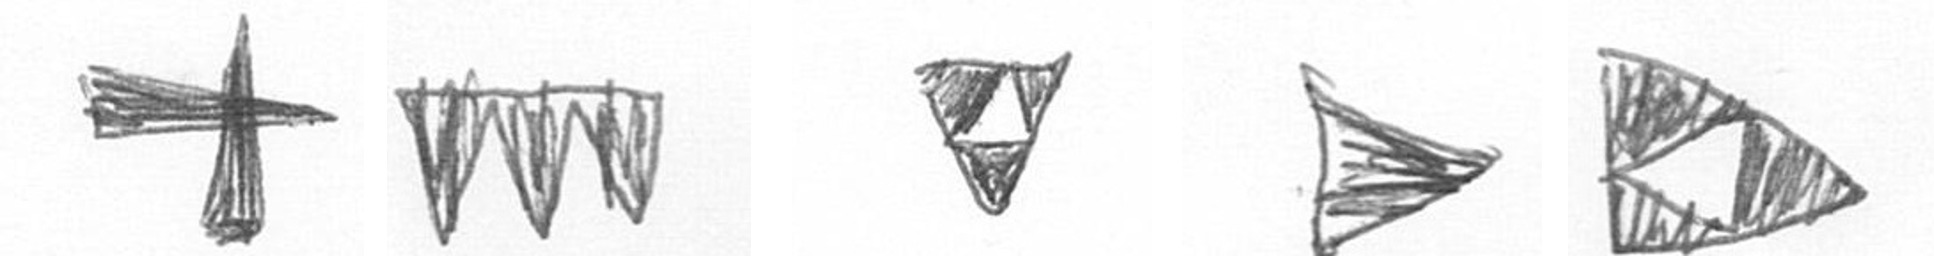
G L S T K